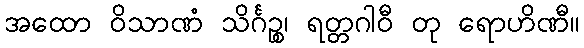
အထော ဝိသာဏံ သိင်္ဂဉ္စ၊ ရတ္တဂါဝီ တု ရောဟိဏီ။